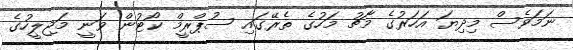
ނަމަވެސް މިދިޔަ އަހަރުގެ މާޗު މަހުގެ ތެރޭގައި ސުޕްރީމް ކޯޓުން ވަނީ މަޖިލީހުގެ